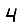
Digit: 4